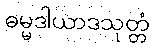
ဓမ္မဒါယာဒသုတ္တံ